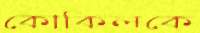
কোকিলকে